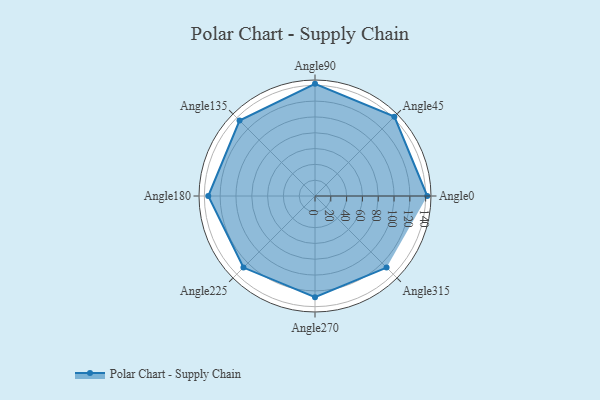
{"axis": {"x": "Angle", "y": "Radius"}, "legend": [""], "data": [{"x": "Angle0", "y": 142.0, "type": ""}, {"x": "Angle45", "y": 142.0, "type": ""}, {"x": "Angle90", "y": 142.0, "type": ""}, {"x": "Angle135", "y": 135.0, "type": ""}, {"x": "Angle180", "y": 135.0, "type": ""}, {"x": "Angle225", "y": 128.0, "type": ""}, {"x": "Angle270", "y": 128.0, "type": ""}, {"x": "Angle315", "y": 128.0, "type": ""}]}